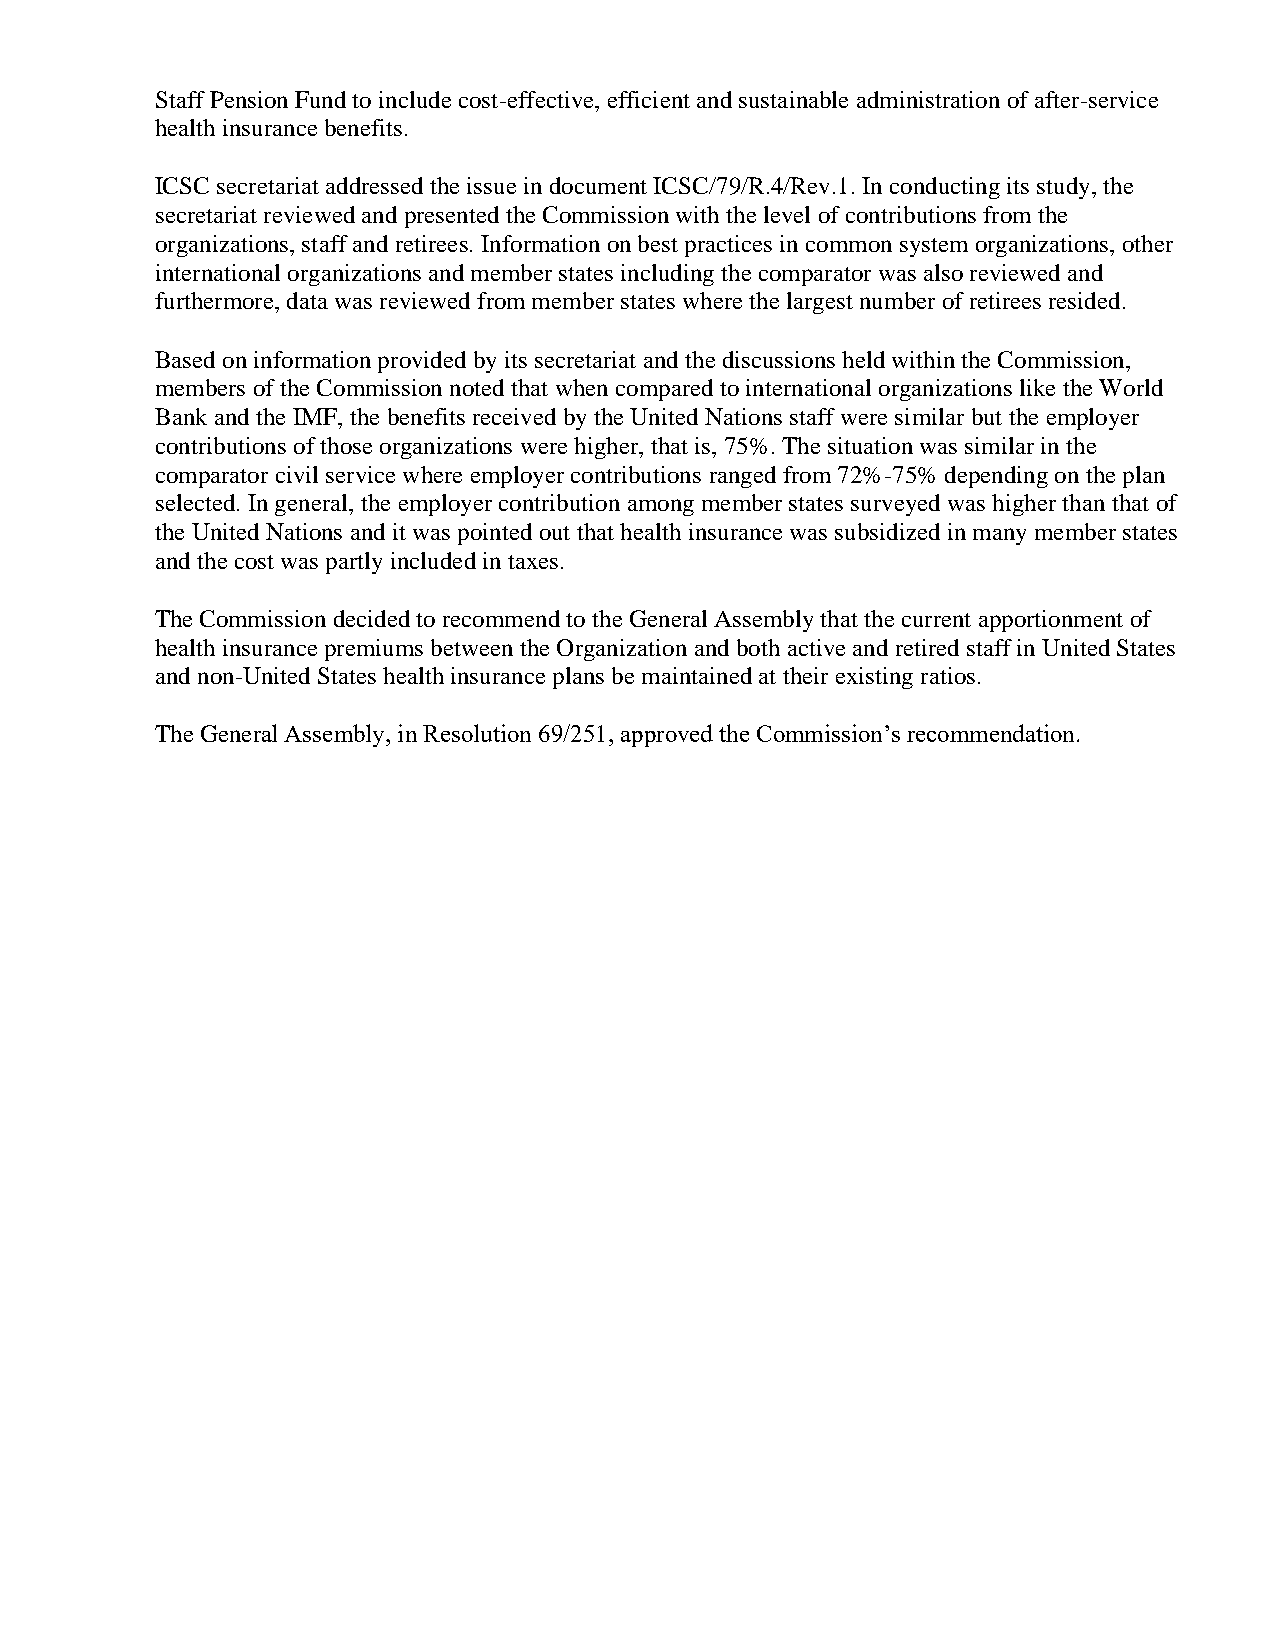
Staff Pension Fund to include cost-effective, efficient and sustainable administration of after-service
 health insurance benefits.
 ICSC secretariat addressed the issue in document ICSC/79/R.4/Rev.1. In conducting its study, the
 secretariat reviewed and presented the Commission with the level of contributions from the
 organizations, staff and retirees. Information on best practices in common system organizations, other
 international organizations and member states including the comparator was also reviewed and
 furthermore, data was reviewed from member states where the largest number of retirees resided.
 Based on information provided by its secretariat and the discussions held within the Commission,
 members of the Commission noted that when compared to international organizations like the World
 Bank and the IMF, the benefits received by the United Nations staff were similar but the employer
 contributions of those organizations were higher, that is, 75%. The situation was similar in the
 comparator civil service where employer contributions ranged from 72%-75% depending on the plan
 selected. In general, the employer contribution among member states surveyed was higher than that of
 the United Nations and it was pointed out that health insurance was subsidized in many member states
 and the cost was partly included in taxes.
 The Commission decided to recommend to the General Assembly that the current apportionment of
 health insurance premiums between the Organization and both active and retired staff in United States
 and non-United States health insurance plans be maintained at their existing ratios.
 The General Assembly, in Resolution 69/251, approved the Commission’s recommendation.